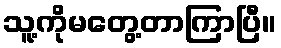
သူ့ကိုမတွေ့တာကြာပြီ။